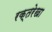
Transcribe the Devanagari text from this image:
रक्तरेखा